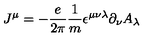
J ^ { \mu } = - { \frac { e } { 2 \pi } } { \frac { 1 } { m } } \epsilon ^ { \mu \nu \lambda } \partial _ { \nu } A _ { \lambda }